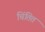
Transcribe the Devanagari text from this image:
चिंतित